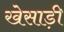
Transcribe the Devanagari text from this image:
खेसाड़ी